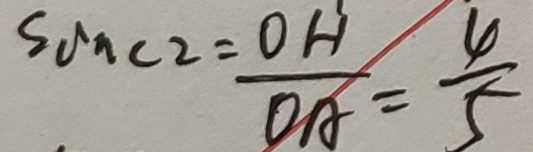
\sin C 2 = \frac { O H } { O A } = \frac { 4 } { 5 }